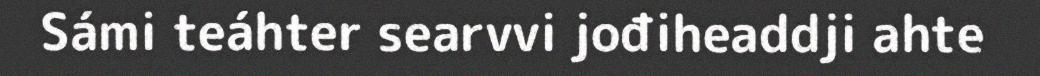
Sámi teáhter searvvi jođiheaddji ahte